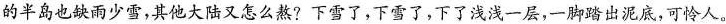
的半岛也缺雨少雪，其他大陆又怎么熬?下雪了，下雪了，下了浅浅一层，一脚踏出泥底，可怜人。